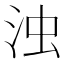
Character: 浊